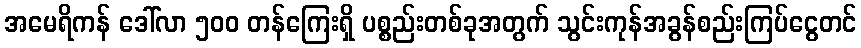
အမေရိကန် ဒေါ်လာ ၅၀၀ တန်ကြေးရှိ ပစ္စည်းတစ်ခုအတွက် သွင်းကုန်အခွန်စည်းကြပ်ငွေတင်